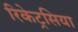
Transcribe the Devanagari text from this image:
रिकेट्रसिया